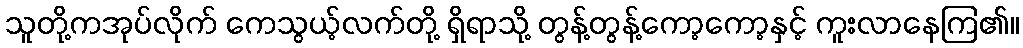
သူတို့ကအုပ်လိုက် ကေသွယ့်လက်တို့ ရှိရာသို့ တွန့်တွန့်ကော့ကော့နှင့် ကူးလာနေကြ၏။